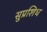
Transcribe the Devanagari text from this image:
सुप्रशिध